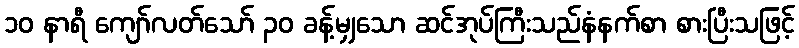
၁၀ နာရီ ကျော်လတ်သော် ၃၀ ခန့်မျှသော ဆင်အုပ်ကြီးသည်နံနက်စာ စားပြီးသဖြင့်